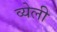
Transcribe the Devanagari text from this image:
व्येली